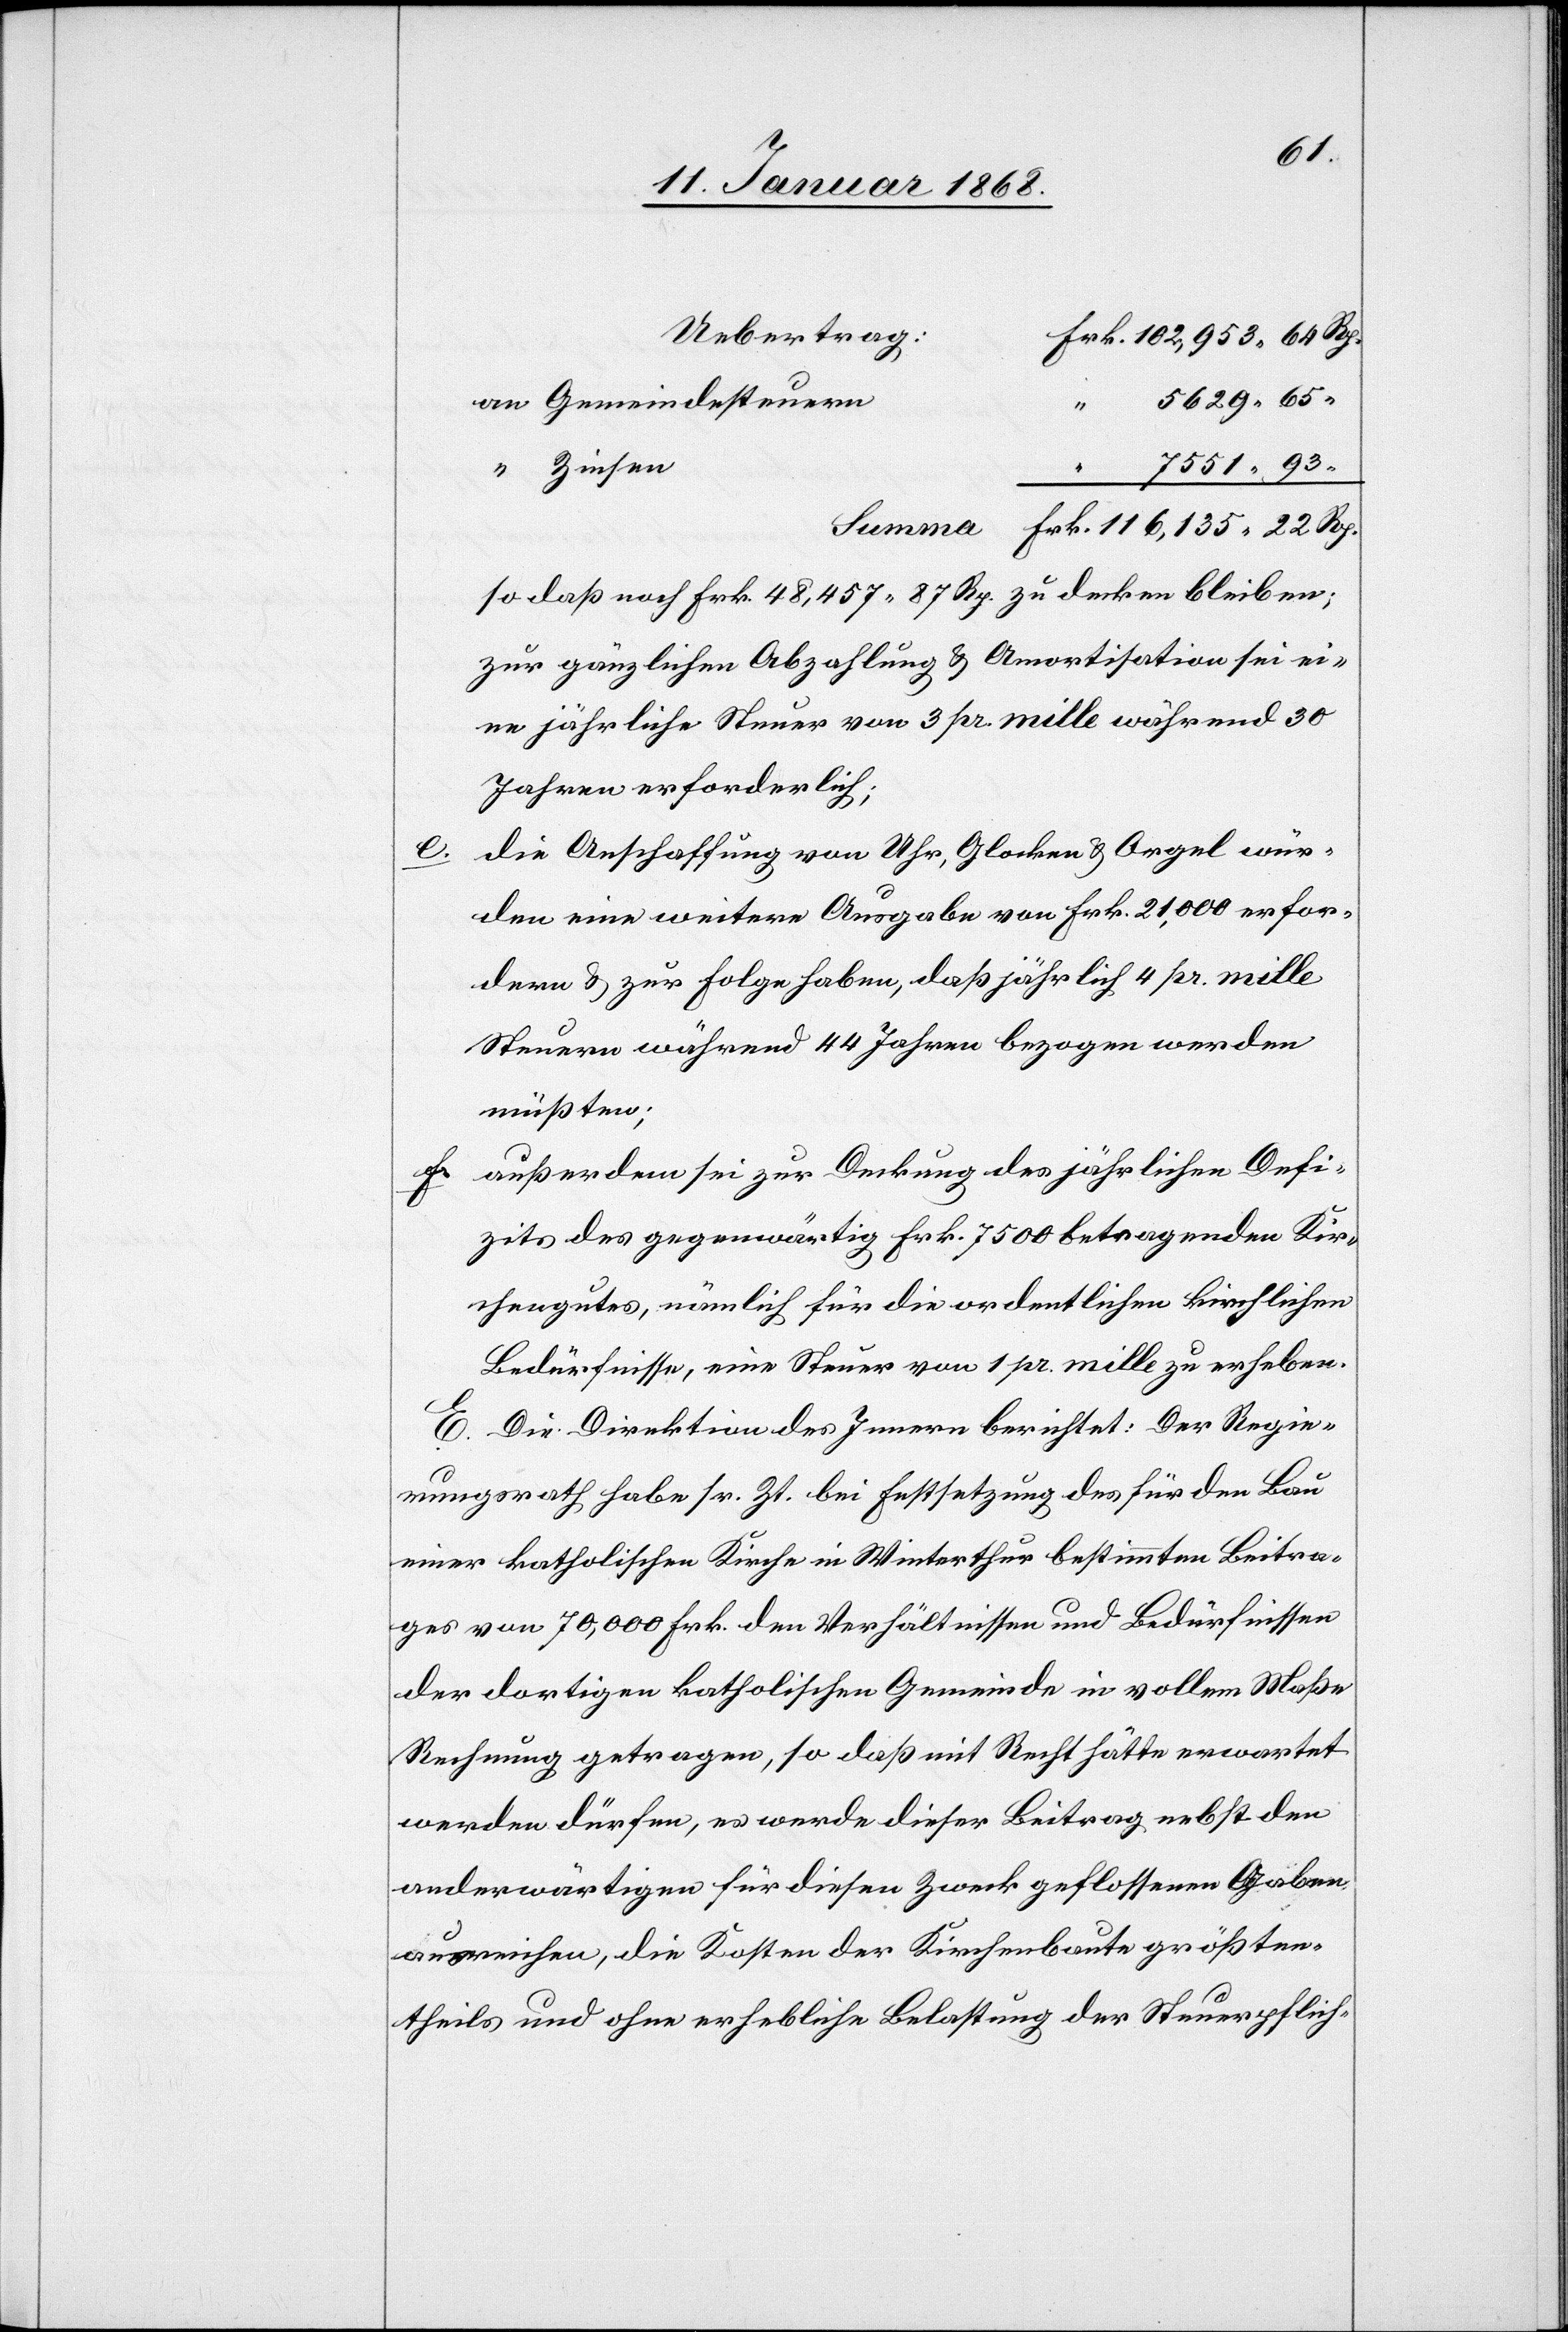
Uebertrag:
Frk. 102,953 64 Rp.
an Gemeindesteuern
“ 5629 65
“ Zinsen
“ 7551 93
Frk. 116,135 22 Rp.
so daß noch Frk. 48,457 87 Rp. zu decken bleiben;
zur gänzlichen Abzahlung & Amortisation sei ei¬
ne jährliche Steuer von 3 pr. mille während 30
Jahren erforderlich;
die Anschaffung von Uhr, Glocken & Orgel würden
eine weitere Ausgabe von Frk. 21,000 erfor¬
dern & zur Folge haben, daß jährlich 4 pr. mille
Steuern während 44 Jahren bezogen werden
müßten;
außerdem sei zur Deckung des jährlichen Defi¬
zits des gegenwärtig Frk. 7500 betragenden Kir¬
chengutes, nämlich für die ordentlichen kirchlichen
Bedürfnisse, eine Steuer von 1 pr. mille zu erheben.
E. Die Direktion des Innern berichtet: Der Regie¬
rungsrath habe sr. Zt. bei Festsetzung des für den Bau
einer katholischen Kirche in Winterthur bestimmten Beitra¬
ges von 70,000 Frk. den Verhältnissen und Bedürfnissen
der dortigen katholischen Gemeinde in vollem Maße
Rechnung getragen, so daß mit Recht hätte erwartet
werden dürfen, es werde dieser Beitrag nebst den
anderwärtigen für diesen Zweck geflossenen Gaben
ausreichen, die Kosten der Kirchenbaute größten¬
theils und ohne erhebliche Belastung der Steuerpflich-